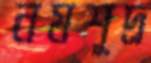
নমশূদ্র